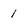
Character: 1